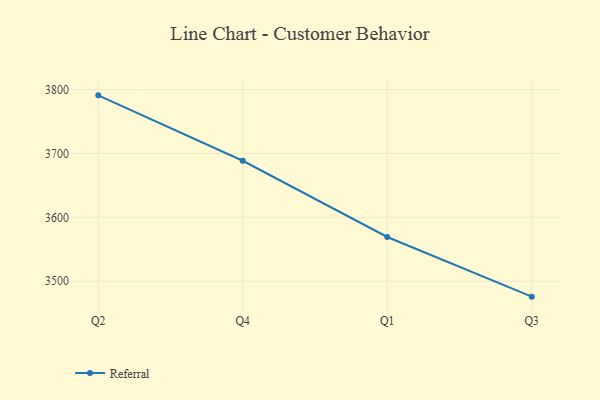
{"axis": {"x": "Quarter", "y": "Website Visitors"}, "legend": ["Referral"], "data": [{"x": "Q2", "y": 3790.9, "type": "Referral"}, {"x": "Q4", "y": 3688.5, "type": "Referral"}, {"x": "Q1", "y": 3569.2, "type": "Referral"}, {"x": "Q3", "y": 3475.8, "type": "Referral"}]}